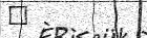
٣